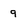
Character: 9